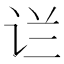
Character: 𰵟